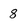
Character: 8